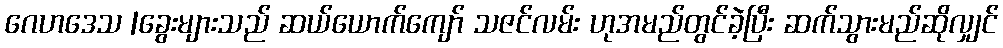
ဂေဟဒေသ |ခွေးများသည် ဆယ်ယောက်ကျော် သဇင်လမ်း ဟုအမည်တွင်ခဲ့ပြီး ဆက်သွားမည်ဆိုလျှင်